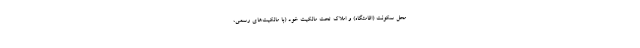
محل سکونت (اقامتگاه) و املاک تحت مالکیت خود (با مالکیت‌های رسمی،